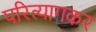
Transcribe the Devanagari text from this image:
परित्यागकर